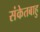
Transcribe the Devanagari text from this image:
संकेतबाहु